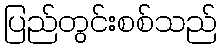
ပြည်တွင်းစစ်သည်